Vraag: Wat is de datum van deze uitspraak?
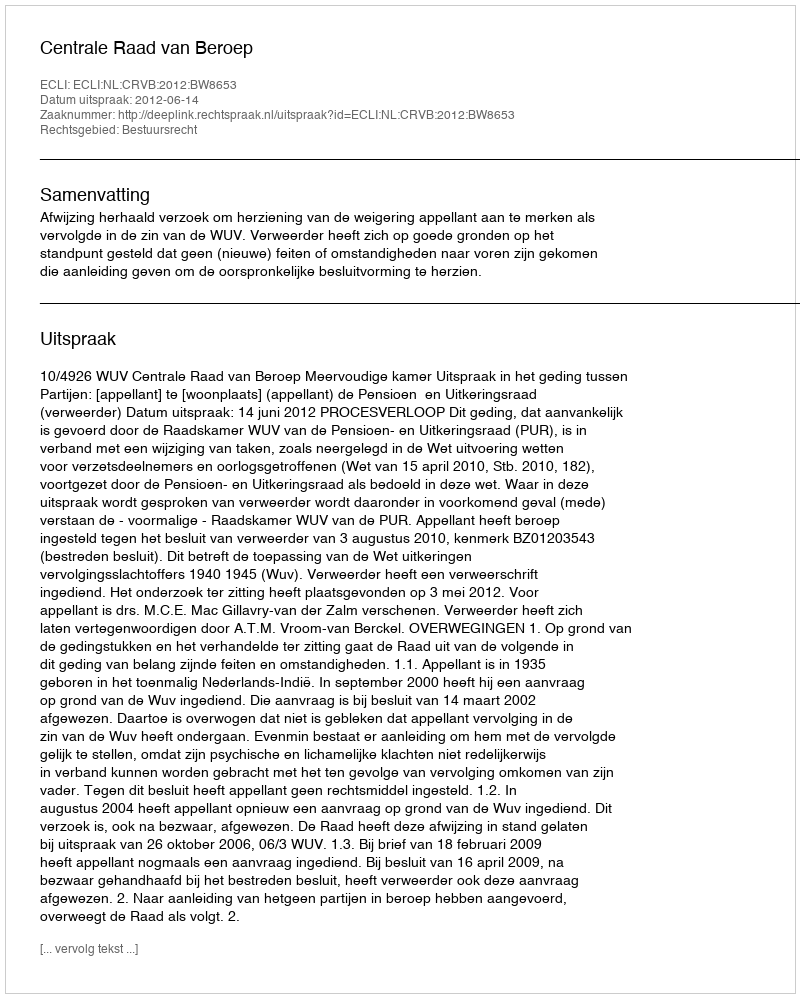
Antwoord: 2012-06-14